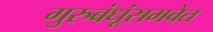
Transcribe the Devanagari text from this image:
गुरुबंधूंसमवेत